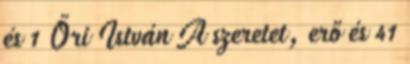
és 1 Őri István A szeretet, erő és 41